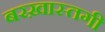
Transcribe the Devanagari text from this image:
बरख़ास्तगी